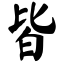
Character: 皆